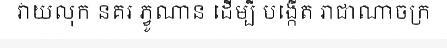
វាយលុក នគរ ភ្វូណាន ដើម្បី បង្កើត រាជាណាចក្រ